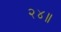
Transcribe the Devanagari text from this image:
२४॥